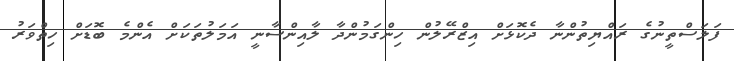
ފަލަސްތީނުގެ ރައްޔިތުންނާ ދެކޮޅަށް އިޒްރޭލުން ހިންގަމުންދާ ލާއިންސާނީ އަމަލުތަކަށް އެންމެ ބޮޑަށް ހިތްވަރު